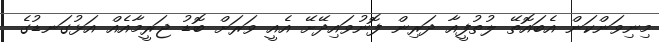
މިނިވަންކަން އެބައޮތޭ ލުތުފީއާ ދަރިން ފޮނުވައިދޭށޭ އެއީ ވަރަށް ބޮޑު ޖަރީމާއެއް އަޅުގަނޑުގެ